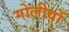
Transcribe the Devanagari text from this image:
गोलीयों